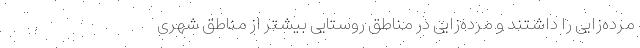
مرده‌زایی را داشتند و مرده‌زایی در مناطق روستایی بیشتر از مناطق شهری